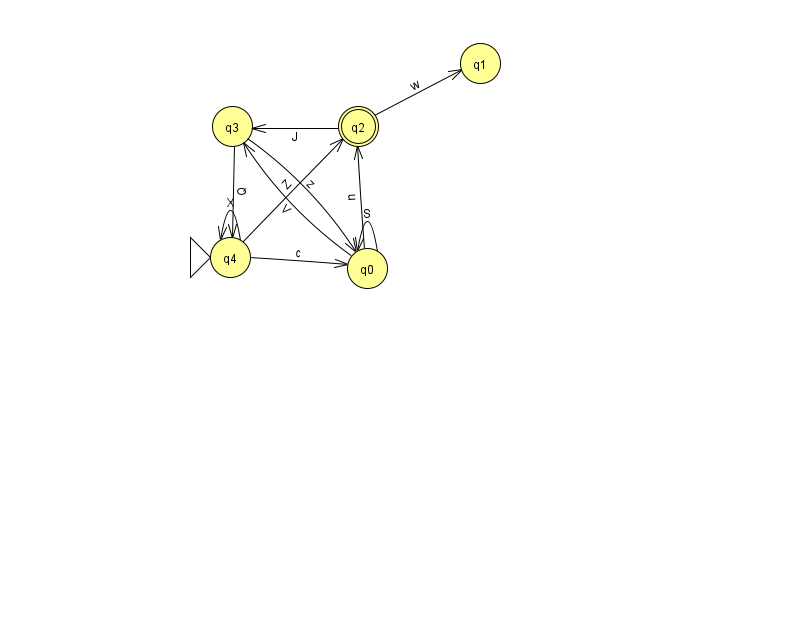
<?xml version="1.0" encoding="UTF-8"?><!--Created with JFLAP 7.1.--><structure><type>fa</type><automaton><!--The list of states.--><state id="0" name="q0"><x>367.0</x><y>255.0</y></state><state id="1" name="q1"><x>480.0</x><y>50.0</y></state><state id="2" name="q2"><x>358.0</x><y>113.0</y><final/></state><state id="3" name="q3"><x>232.0</x><y>113.0</y></state><state id="4" name="q4"><x>230.0</x><y>244.0</y><initial/></state><!--The list of transitions.--><transition><from>0</from><to>0</to><read>S</read></transition><transition><from>0</from><to>2</to><read>u</read></transition><transition><from>3</from><to>0</to><read>z</read></transition><transition><from>3</from><to>4</to><read>Q</read></transition><transition><from>2</from><to>3</to><read>J</read></transition><transition><from>4</from><to>2</to><read>Z</read></transition><transition><from>4</from><to>0</to><read>c</read></transition><transition><from>4</from><to>4</to><read>X</read></transition><transition><from>0</from><to>3</to><read>V</read></transition><transition><from>2</from><to>1</to><read>w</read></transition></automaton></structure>